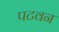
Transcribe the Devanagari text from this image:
पटवन